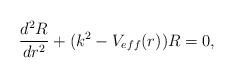
LaTeX: \begin{align*}\frac{d^2R}{dr^2} + ( k^2 - V_{eff} (r) ) R = 0,\end{align*}